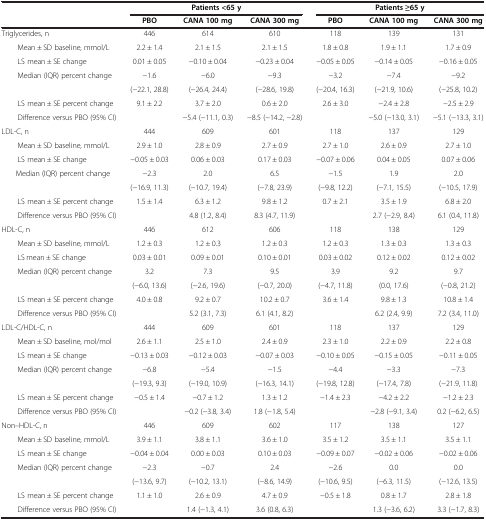
<table><thead><tr><td><b> </b></td><td colspan="3"><b>Patients &lt;65 y</b></td><td colspan="3"><b>Patients ≥65 y</b></td></tr><tr><td><b> </b></td><td><b>PBO</b></td><td><b>CANA 100 mg</b></td><td><b>CANA 300 mg</b></td><td><b>PBO</b></td><td><b>CANA 100 mg</b></td><td><b>CANA 300 mg</b></td></tr></thead><tbody><tr><td>Triglycerides, n</td><td>446</td><td>614</td><td>610</td><td>118</td><td>139</td><td>131</td></tr><tr><td>Mean ± SD baseline, mmol/L</td><td>2.2 ± 1.4</td><td>2.1 ± 1.5</td><td>2.1 ± 1.5</td><td>1.8 ± 0.8</td><td>1.9 ± 1.1</td><td>1.7 ± 0.9</td></tr><tr><td>LS mean ± SE change</td><td>0.01 ± 0.05</td><td>-0.10 ± 0.04</td><td>-0.23 ± 0.04</td><td>-0.05 ± 0.05</td><td>-0.14 ± 0.05</td><td>-0.16 ± 0.05</td></tr><tr><td rowspan="2">Median (IQR) percent change</td><td>-1.6</td><td>-6.0</td><td>-9.3</td><td>-3.2</td><td>-7.4</td><td>-9.2</td></tr><tr><td>(-22.1, 28.8)</td><td>(-26.4, 24.4)</td><td>(-28.6, 19.8)</td><td>(-20.4, 16.3)</td><td>(-21.9, 10.6)</td><td>(-25.8, 10.2)</td></tr><tr><td>LS mean ± SE percent change</td><td>9.1 ± 2.2</td><td>3.7 ± 2.0</td><td>0.6 ± 2.0</td><td>2.6 ± 3.0</td><td>-2.4 ± 2.8</td><td>-2.5 ± 2.9</td></tr><tr><td>Difference versus PBO (95% CI)</td><td> </td><td>-5.4 (-11.1, 0.3)</td><td>-8.5 (-14.2, -2.8)</td><td> </td><td>-5.0 (-13.0, 3.1)</td><td>-5.1 (-13.3, 3.1)</td></tr><tr><td>LDL-C, n</td><td>444</td><td>609</td><td>601</td><td>118</td><td>137</td><td>129</td></tr><tr><td>Mean ± SD baseline, mmol/L</td><td>2.9 ± 1.0</td><td>2.8 ± 0.9</td><td>2.7 ± 0.9</td><td>2.7 ± 1.0</td><td>2.6 ± 0.9</td><td>2.7 ± 1.0</td></tr><tr><td>LS mean ± SE change</td><td>-0.05 ± 0.03</td><td>0.06 ± 0.03</td><td>0.17 ± 0.03</td><td>-0.07 ± 0.06</td><td>0.04 ± 0.05</td><td>0.07 ± 0.06</td></tr><tr><td rowspan="2"> Median (IQR) percent change</td><td>-2.3</td><td>2.0</td><td>6.5</td><td>-1.5</td><td>1.9</td><td>2.0</td></tr><tr><td>(-16.9, 11.3)</td><td>(-10.7, 19.4)</td><td>(-7.8, 23.9)</td><td>(-9.8, 12.2)</td><td>(-7.1, 15.5)</td><td>(-10.5, 17.9)</td></tr><tr><td>LS mean ± SE percent change</td><td>1.5 ± 1.4</td><td>6.3 ± 1.2</td><td>9.8 ± 1.2</td><td>0.7 ± 2.1</td><td>3.5 ± 1.9</td><td>6.8 ± 2.0</td></tr><tr><td>Difference versus PBO (95% CI)</td><td> </td><td>4.8 (1.2, 8.4)</td><td>8.3 (4.7, 11.9)</td><td> </td><td>2.7 (-2.9, 8.4)</td><td>6.1 (0.4, 11.8)</td></tr><tr><td>HDL-C, n</td><td>446</td><td>612</td><td>606</td><td>118</td><td>138</td><td>129</td></tr><tr><td>Mean ± SD baseline, mmol/L</td><td>1.2 ± 0.3</td><td>1.2 ± 0.3</td><td>1.2 ± 0.3</td><td>1.2 ± 0.3</td><td>1.3 ± 0.3</td><td>1.3 ± 0.3</td></tr><tr><td>LS mean ± SE change</td><td>0.03 ± 0.01</td><td>0.09 ± 0.01</td><td>0.10 ± 0.01</td><td>0.03 ± 0.02</td><td>0.12 ± 0.02</td><td>0.12 ± 0.02</td></tr><tr><td rowspan="2">Median (IQR) percent change</td><td>3.2</td><td>7.3</td><td>9.5</td><td>3.9</td><td>9.2</td><td>9.7</td></tr><tr><td>(-6.0, 13.6)</td><td>(-2.6, 19.6)</td><td>(-0.7, 20.0)</td><td>(-4.7, 11.8)</td><td>(0.0, 17.6)</td><td>(-0.8, 21.2)</td></tr><tr><td>LS mean ± SE percent change</td><td>4.0 ± 0.8</td><td>9.2 ± 0.7</td><td>10.2 ± 0.7</td><td>3.6 ± 1.4</td><td>9.8 ± 1.3</td><td>10.8 ± 1.4</td></tr><tr><td>Difference versus PBO (95% CI)</td><td> </td><td>5.2 (3.1, 7.3)</td><td>6.1 (4.1, 8.2)</td><td> </td><td>6.2 (2.4, 9.9)</td><td>7.2 (3.4, 11.0)</td></tr><tr><td>LDL-C/HDL-C, n</td><td>444</td><td>609</td><td>601</td><td>118</td><td>137</td><td>129</td></tr><tr><td>Mean ± SD baseline, mol/mol</td><td>2.6 ± 1.1</td><td>2.5 ± 1.0</td><td>2.4 ± 0.9</td><td>2.3 ± 1.0</td><td>2.2 ± 0.9</td><td>2.2 ± 0.8</td></tr><tr><td>LS mean ± SE change</td><td>-0.13 ± 0.03</td><td>-0.12 ± 0.03</td><td>-0.07 ± 0.03</td><td>-0.10 ± 0.05</td><td>-0.15 ± 0.05</td><td>-0.11 ± 0.05</td></tr><tr><td rowspan="2">Median (IQR) percent change</td><td>-6.8</td><td>-5.4</td><td>-1.5</td><td>-4.4</td><td>-3.3</td><td>-7.3</td></tr><tr><td>(-19.3, 9.3)</td><td>(-19.0, 10.9)</td><td>(-16.3, 14.1)</td><td>(-19.8, 12.8)</td><td>(-17.4, 7.8)</td><td>(-21.9, 11.8)</td></tr><tr><td>LS mean ± SE percent change</td><td>-0.5 ± 1.4</td><td>-0.7 ± 1.2</td><td>1.3 ± 1.2</td><td>-1.4 ± 2.3</td><td>-4.2 ± 2.2</td><td>-1.2 ± 2.3</td></tr><tr><td>Difference versus PBO (95% CI)</td><td> </td><td>-0.2 (-3.8, 3.4)</td><td>1.8 (-1.8, 5.4)</td><td> </td><td>-2.8 (-9.1, 3.4)</td><td>0.2 (-6.2, 6.5)</td></tr><tr><td>Non–HDL-C, n</td><td>446</td><td>609</td><td>602</td><td>117</td><td>138</td><td>127</td></tr><tr><td>Mean ± SD baseline, mmol/L</td><td>3.9 ± 1.1</td><td>3.8 ± 1.1</td><td>3.6 ± 1.0</td><td>3.5 ± 1.2</td><td>3.5 ± 1.1</td><td>3.5 ± 1.1</td></tr><tr><td>LS mean ± SE change</td><td>-0.04 ± 0.04</td><td>0.00 ± 0.03</td><td>0.10 ± 0.03</td><td>-0.09 ± 0.07</td><td>-0.02 ± 0.06</td><td>-0.02 ± 0.06</td></tr><tr><td rowspan="2">Median (IQR) percent change</td><td>-2.3</td><td>-0.7</td><td>2.4</td><td>-2.6</td><td>0.0</td><td>0.0</td></tr><tr><td>(-13.6, 9.7)</td><td>(-10.2, 13.1)</td><td>(-8.6, 14.9)</td><td>(-10.6, 9.5)</td><td>(-6.3, 11.5)</td><td>(-12.6, 13.5)</td></tr><tr><td>LS mean ± SE percent change</td><td>1.1 ± 1.0</td><td>2.6 ± 0.9</td><td>4.7 ± 0.9</td><td>-0.5 ± 1.8</td><td>0.8 ± 1.7</td><td>2.8 ± 1.8</td></tr><tr><td>Difference versus PBO (95% CI)</td><td> </td><td>1.4 (-1.3, 4.1)</td><td>3.6 (0.8, 6.3)</td><td> </td><td>1.3 (-3.6, 6.2)</td><td>3.3 (-1.7, 8.3)</td></tr></tbody></table>